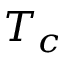
T _ { c }